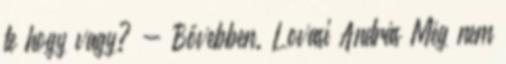
te hogy vagy? - Bővebben. Lovasi András Még nem